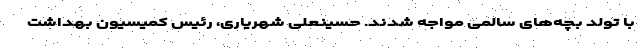
با تولد بچه‌های سالمی مواجه شدند. حسینعلی شهریاری، رئیس کمیسیون بهداشت